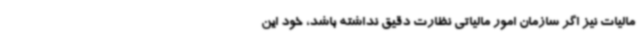
مالیات نیز اگر سازمان امور مالیاتی نظارت دقیق نداشته باشد، خود این